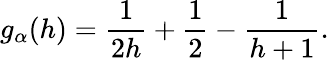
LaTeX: g_{\alpha}(h)=\frac{1}{2h}+\frac{1}{2}-\frac{1}{h+1}.